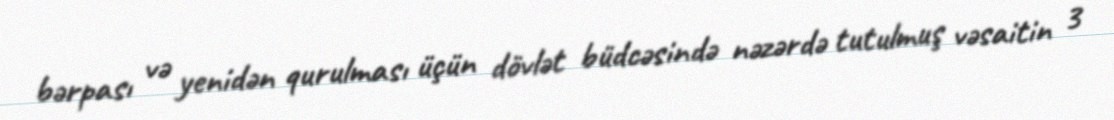
bərpası və yenidən qurulması üçün dövlət büdcəsində nəzərdə tutulmuş vəsaitin 3